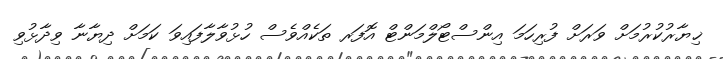
ޚިޔާރުކުރުމަށް ވަރަށް ފުރިހަމަ އިންސްޓޯލްމަންޓް އޮފަރ ތަކެއްވެސް ހުޅުވާލާފައިވަ ކަަމަށް ދިޔާނާ ވިދާޅުވި